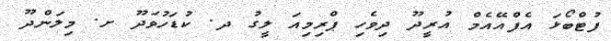
ފުޓްބޯޅަ އެފްއޭއެމް އުރީދޫ ދިވެހި ޕްރިމިއަ ލީގު ދ. ކުޑަހުވަދޫ ށ. މިލަންދޫ